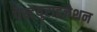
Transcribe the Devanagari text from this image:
पैस्टयुराइज़ेशन